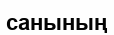
санының